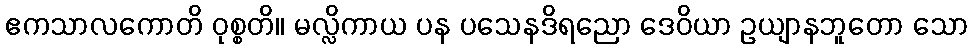
ဧကသာလကောတိ ဝုစ္စတိ။ မလ္လိကာယ ပန ပသေနဒိရညော ဒေဝိယာ ဥယျာနဘူတော သော